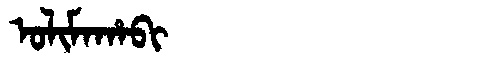
Manchu: ᠣᠯᡳᠮᠠᡥᠠᠪᡳ
Romanization: OLIMAHABI